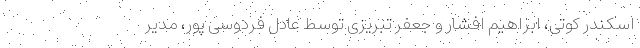
اسکندر کوتی، ابراهیم افشار و جعفر تبریزی توسط عادل فردوسی پور، مدیر